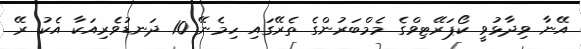
އޭނާ ވިދާޅުވީ ކޯޕަރޭޓިވްގެ މެމްބަރުންގެ ތެރޭގައި ހިމެނޭ 10 ދަނޑުވެރިއަކާ އެކު ރޭ